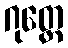
ဂုတ္တေ